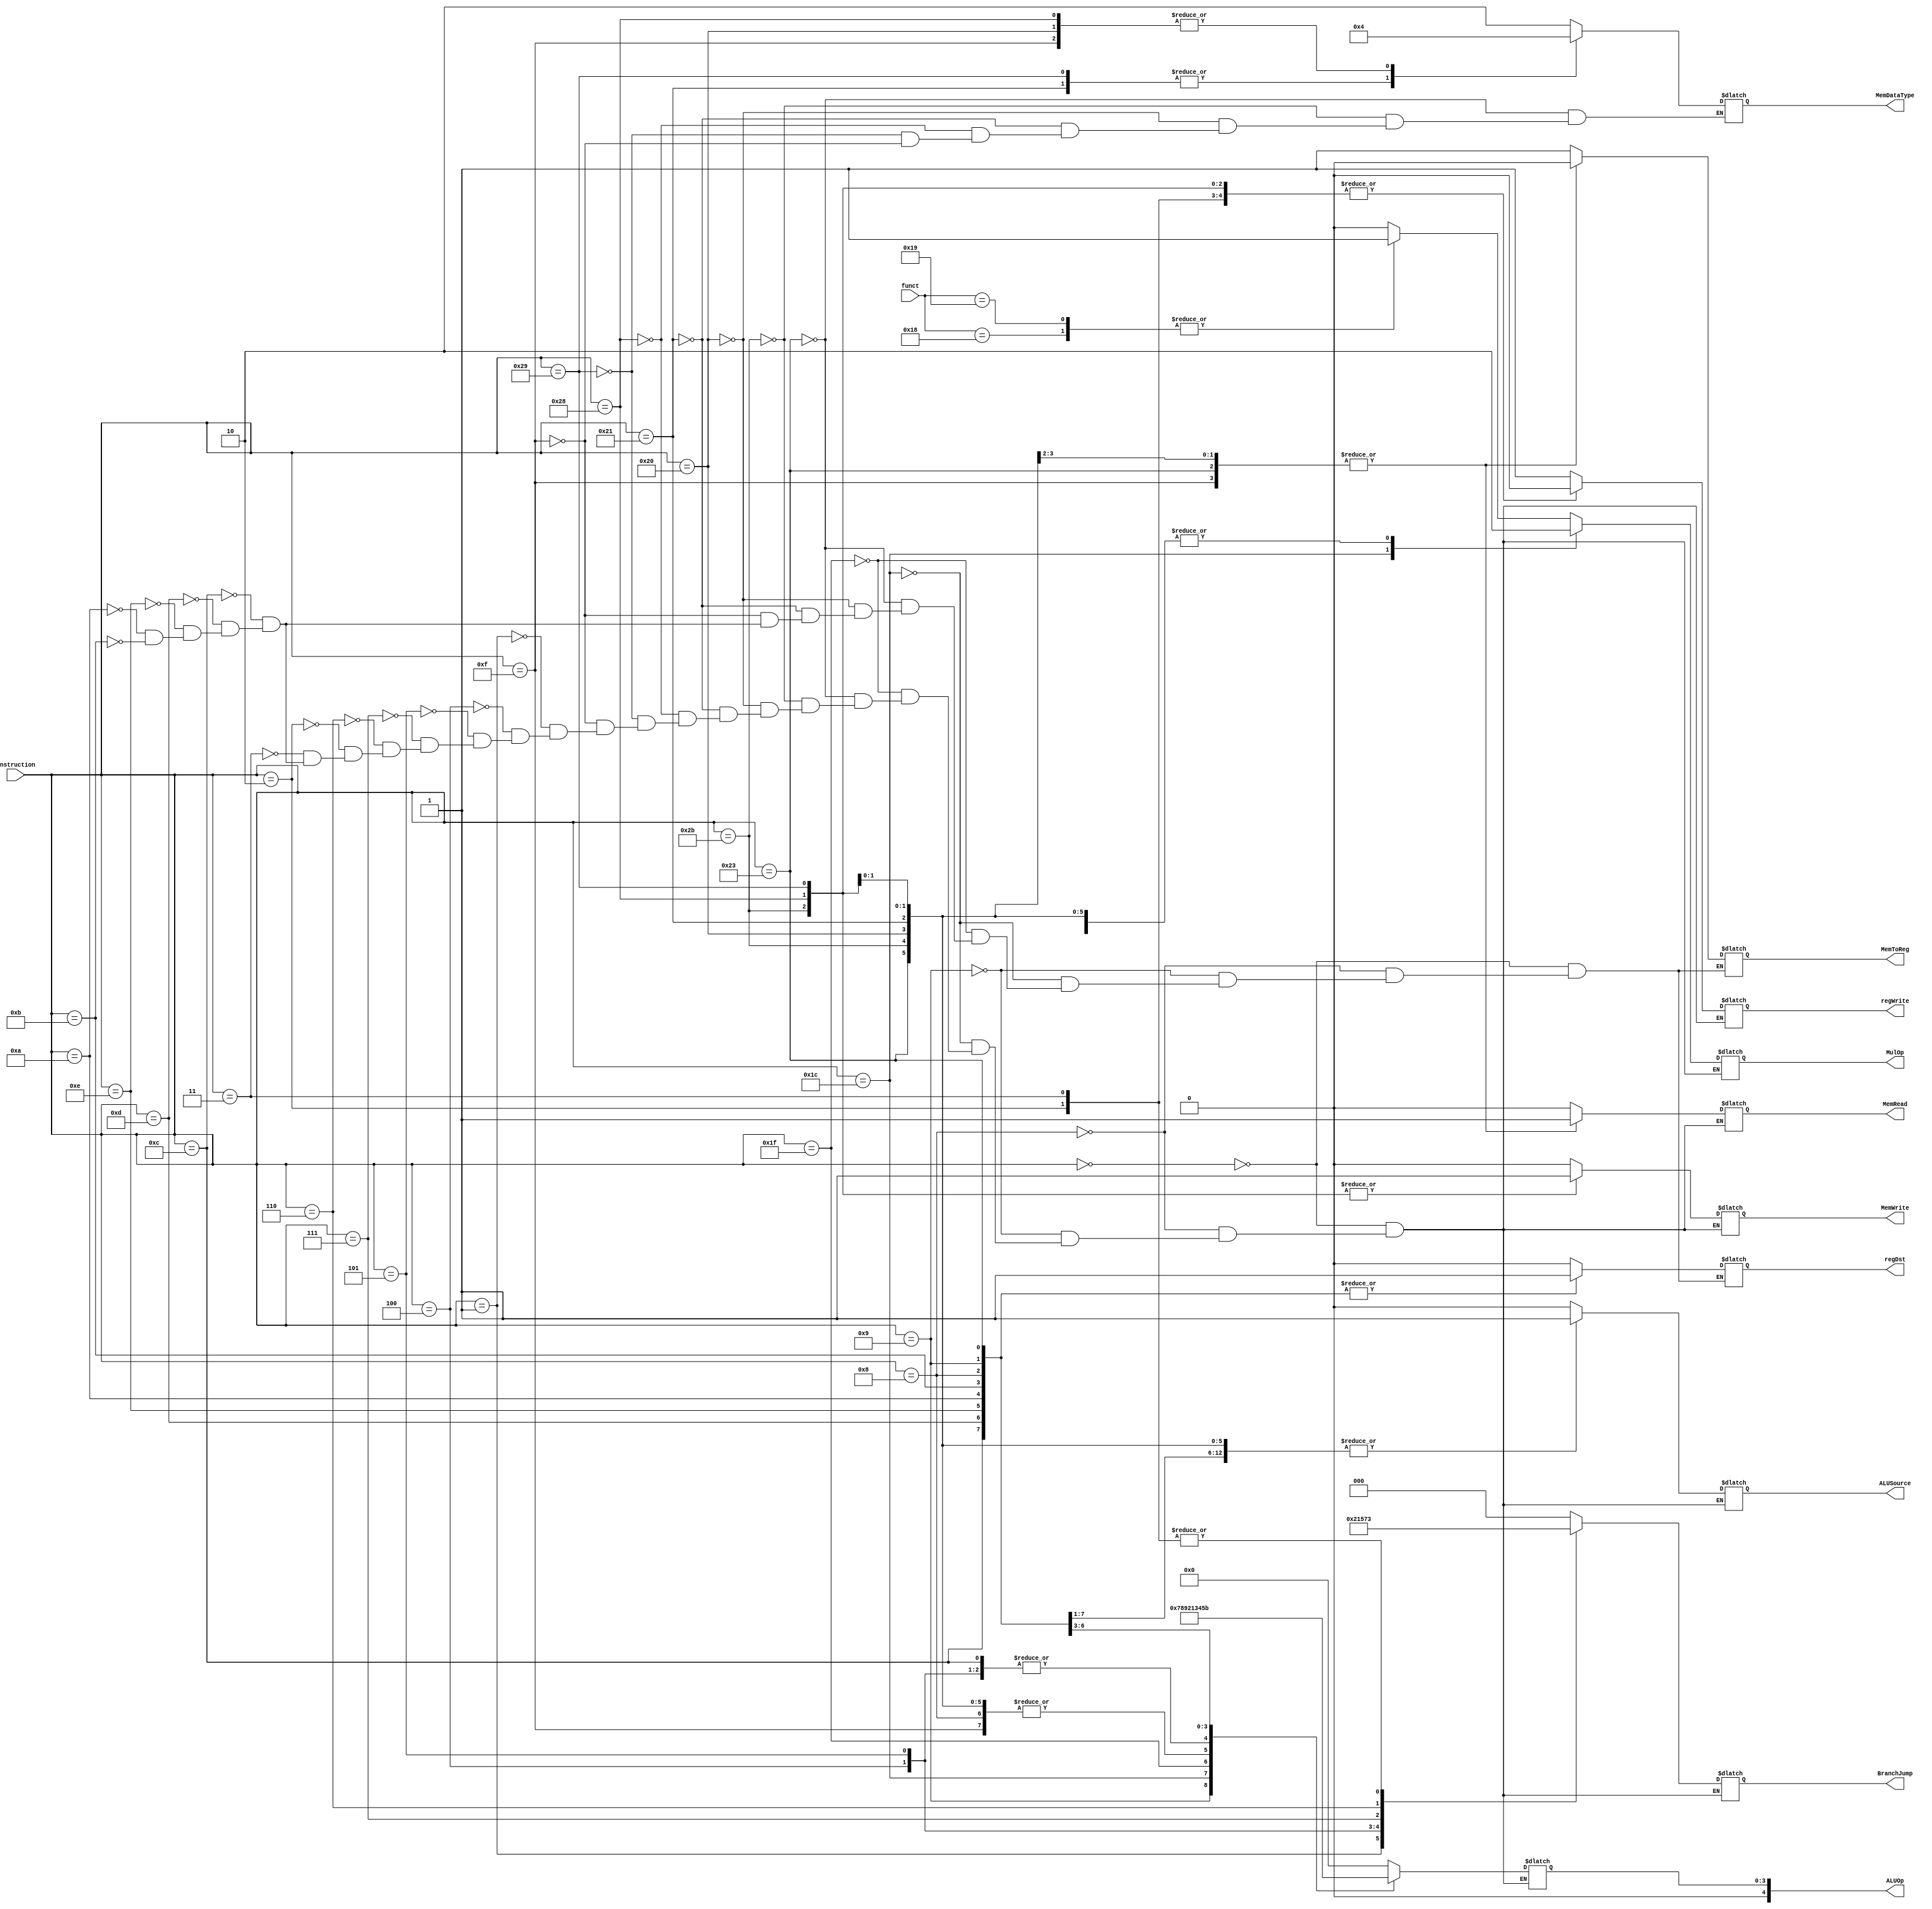
module Controller(instruction, funct, 
                  regDst, ALUSource, MemToReg, regWrite, MemRead, MemWrite, BranchJump, ALUOp, MulOp, MemDataType);
    input [5:0] instruction, funct;
    output reg [1:0] MemDataType;
    output reg regDst, ALUSource, MemToReg, regWrite, MemRead, MemWrite, MulOp;
    output reg [2:0] BranchJump;
    output reg [4:0] ALUOp;
    
    initial begin
        MulOp = 0;
        MemDataType = 0;
        regDst = 0;
        ALUSource = 0;
        MemToReg = 0;
        regWrite = 0;
        MemRead = 0;
        MemWrite = 0;
        BranchJump = 0;
        ALUOp = 0;
    end
    
    always @ (instruction) begin
        case (instruction)
            2'h00: begin // r-type
            regDst = 1'b0;
            ALUSource = 1'b0;
            MemToReg = 1'b1;
            regWrite = 1'b1;
            MemRead = 1'b0;
            MemWrite = 1'b0;
            BranchJump = 3'b000;
            ALUOp = 5'b000000;
            case (funct) 
                6'b011000: MulOp = 1;
                6'b011001: MulOp = 1;
                default: MulOp = 0;
            endcase
            end
        6'b001000: begin // addi
          regDst <= 1;
          ALUSource <= 1;
          MemToReg <= 1;
          regWrite <= 1;
          MemRead <= 0;
          MemWrite <= 0;
          BranchJump <= 0;
          ALUOp <= 5'b000010; //  add Code
          MulOp = 0;
        end
        6'b001001: begin // addiu
        regDst <= 1;
        ALUSource <= 1;
        MemToReg <= 1;
        regWrite <= 1;
        MemRead <= 0;
        MemWrite <= 0;
        BranchJump <= 0;
        ALUOp <= 5'b00111; // todo: Change to addu Code
        MulOp = 0;
        end
        6'b011100: begin // special2  madd/msub
        regDst <= 0;
        ALUSource <= 0;
        MemToReg <= 1;
        regWrite <= 1;
        MemRead <= 0;
        MemWrite <= 0;
        BranchJump <= 0;
        ALUOp <= 5'b01000; // 
        MulOp = 1;
        end
        6'b011111: begin // special3  seb/seh
        regDst <= 0;
        ALUSource <= 0;
        MemToReg <= 1;
        regWrite <= 1;
        MemRead <= 0;
        MemWrite <= 0;
        BranchJump <= 0;
        ALUOp <= 5'b01001; // 
        MulOp = 0;
        end
        

        
        
        6'b100011: begin // lw
         MemDataType <= 2'b10;
        regDst <= 1;
        ALUSource <= 1;
        MemToReg <= 0;
        regWrite <= 1;
        MemRead <= 1;
        MemWrite <= 0;
        BranchJump <= 0;
        ALUOp <= 5'b000010; // add Code
        MulOp = 0;
        end
        6'b101011: begin // sw
        MemDataType <= 2'b10;
        ALUSource <= 1;
        regWrite <= 0;
        MemRead <= 0;
        MemWrite <= 1;
        BranchJump <= 0;
        ALUOp <= 5'b000010; // add Code
        MulOp = 0;
        end
        6'b100000: begin // lb
        MemDataType <= 2'b00;
        regDst <= 0;
        ALUSource <= 1;
        MemToReg <= 0;
        regWrite <= 1;
        MemRead <= 1;
        MemWrite <= 0;
        BranchJump <= 0;
        ALUOp <= 5'b000010; // add Code
        MulOp = 0;
        end
        6'b100001: begin //lh
        MemDataType <= 2'b01;
        regDst <= 0;
        ALUSource <= 1;
        MemToReg <= 0;
        regWrite <= 1;
        MemRead <= 1;
        MemWrite <= 0;
        BranchJump <= 0;
        ALUOp <= 5'b000010; // add Code
        MulOp = 0;
        end
        6'b101000: begin // sb
         MemDataType <= 2'b00;
        ALUSource <= 1;
        regWrite <= 0;
        MemRead <= 0;
        MemWrite <= 1;
        BranchJump <= 0;
        ALUOp <= 5'b000010; // add Code
        MulOp = 0;
        end
        6'b101001: begin // sh
        MemDataType <= 2'b01;
        ALUSource <= 1;
        regWrite <= 0;
        MemRead <= 0;
        MemWrite <= 1;
        BranchJump <= 0;
        ALUOp <= 5'b000010; // add Code
        MulOp = 0;
        end
        6'b001111: begin // lui
        MemDataType <= 2'b00;
        regDst <= 0;
        ALUSource <= 0;
        MemToReg <= 0;
        regWrite <= 1;
        MemRead <= 1;
        MemWrite <= 0;
        BranchJump <= 0;
        ALUOp <= 5'b000010; // add Code
        MulOp = 0;
        end
        6'b000001: begin //
        ALUSource <= 0;
        regWrite <= 0;
        MemRead <= 0;
        MemWrite <= 0;
        BranchJump <= 3'b100;
        ALUOp <= 0; // todo: Change to sub Code
        MulOp = 0;
        end
        6'b000100: begin // beq
        ALUSource <= 0;
        regWrite <= 0;
        MemRead <= 0;
        MemWrite <= 0;
        BranchJump <= 3'b001;
        ALUOp <= 2'b01; // sub Code
        MulOp = 0;
        end
        6'b000101: begin // bne
        ALUSource <= 0;
        regWrite <= 0;
        MemRead <= 0;
        MemWrite <= 0;
        BranchJump <= 3'b010;
        ALUOp <= 2'b01; // sub Code
        MulOp = 0;
        end
        6'b000111: begin // bgtz
        ALUSource <= 0;
        regWrite <= 0;
        MemRead <= 0;
        MemWrite <= 0;
        BranchJump <= 3'b101;
        ALUOp <= 0; // todo: Change to sub Code
        MulOp = 0;
        end
        6'b000110: begin // blez
        ALUSource <= 0;
        regWrite <= 0;
        MemRead <= 0;
        MemWrite <= 0;
        BranchJump <= 3'b110;
        ALUOp <= 0; // todo: Change to sub Code
        MulOp = 0;
        end
        6'b000010: begin // j // reqires datapath modification
        ALUSource <= 0;
        regWrite <= 0;
        MemRead <= 0;
        MemWrite <= 0;
        BranchJump <= 3'b011;
        ALUOp <= 0; // todo: Change to sub Code
        MulOp = 0;
        end
        6'b000011: begin // jal
        ALUSource <= 0;
        regWrite <= 0;
        MemRead <= 0;
        MemWrite <= 0;
        BranchJump <= 3'b011;
        ALUOp <= 0; // todo: Change to sub Code
        MulOp = 0;
        end
        6'b001100: begin // andi
        regDst <= 1;
        ALUSource <= 1;
        MemToReg <= 1;
        regWrite <= 1;
        MemRead <= 0;
        MemWrite <= 0;
        BranchJump <= 0;
        ALUOp <= 5'b00001; // change to and code
        MulOp = 0;
        end
        6'b001101: begin // ori
        regDst <= 1;
        ALUSource <= 1;
        MemToReg <= 1;
        regWrite <= 1;
        MemRead <= 0;
        MemWrite <= 0;
        BranchJump <= 0;
        ALUOp <= 5'b00011; // change to or code
        MulOp = 0;
        end
        6'b001110: begin // xori
        regDst <= 1;
        ALUSource <= 1;
        MemToReg <= 1;
        regWrite <= 1;
        MemRead <= 0;
        MemWrite <= 0;
        BranchJump <= 0;
        ALUOp <= 5'b00100; // change to xor code
        MulOp = 0;
        end
         6'b001010: begin // slti
        regDst <= 1;
        ALUSource <= 1;
        MemToReg <= 1;
        regWrite <= 1;
        MemRead <= 0;
        MemWrite <= 0;
        BranchJump <= 0;
        ALUOp <= 5'b00101; // change to slt code
        MulOp = 0;
        end
        6'b001011: begin // sltiu
        regDst <= 1;
        ALUSource <= 1;
        MemToReg <= 1;
        regWrite <= 1;
        MemRead <= 0;
        MemWrite <= 0;
        BranchJump <= 0;
        ALUOp <= 5'b01011; // change to sltu code
        MulOp = 0;
        end
            
    endcase
    
    end
    
endmodule